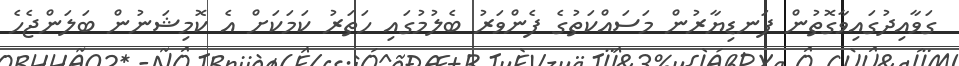
ގަވާއިދުގައިވާގޮތުން ފަނޑިޔާރުން މަސައްކަތުގެ ފެންވަރު ބެލުމުގައި ހަތަރު ކަމަކަށް އެ ކޮމިޝަނުން ބަލަންޖެހެ